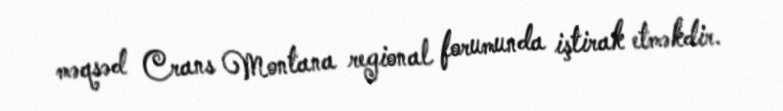
məqsəd Crans Montana regional forumunda iştirak etməkdir.